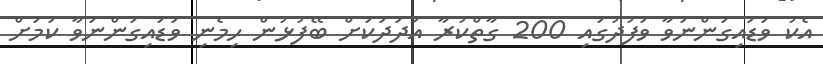
އެކު ވަޑައިގަންނަވާ ވަފުދުގައި 200 ގާތްކުރާ އަދަދަކަށް ބޭފުޅުން ހިމެނި ވަޑައިގަންނަވާ ކަމަށް